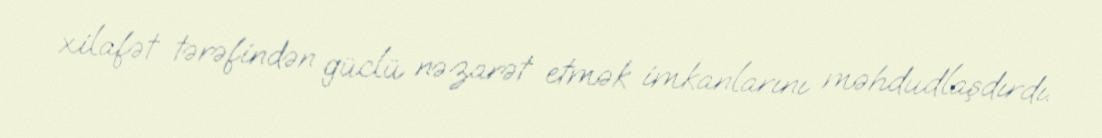
xilafət tərəfindən güclü nəzarət etmək imkanlarını məhdudlaşdırdı.